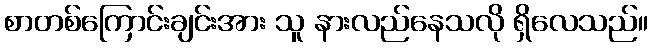
စာတစ်ကြောင်းချင်းအား သူ နားလည်နေသလို ရှိလေသည်။